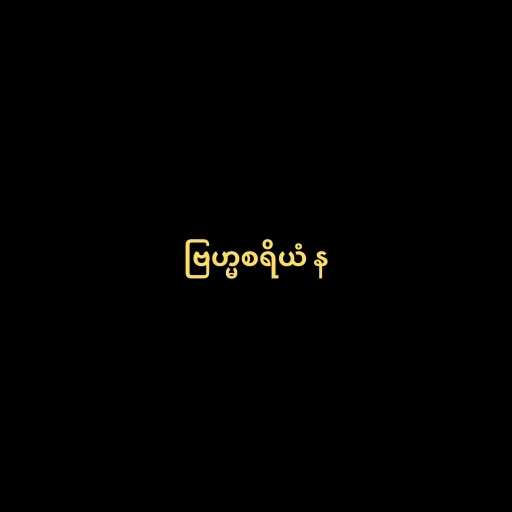
ဗြဟ္မစရိယံ န